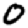
Digit: 0